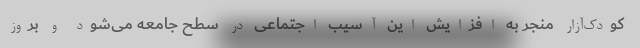
کودک‌آزار منجر به افزایش این آسیب اجتماعی در سطح جامعه می‌شود و بروز